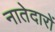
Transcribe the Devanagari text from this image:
नातेदारों